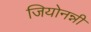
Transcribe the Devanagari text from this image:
जियोनन्नी